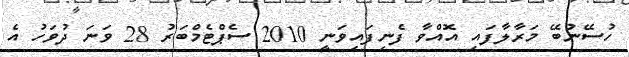
ހުސޭނުބޭ މަރާލާފައި އޮއްވާ ފެނިފައިވަނީ 2010 ސެޕްޓެމްބަރު 28 ވަނަ ދުވަހު އެ